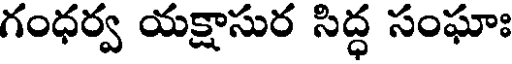
గంధర్వ యక్షాసుర సిద్ధ సంఘాః